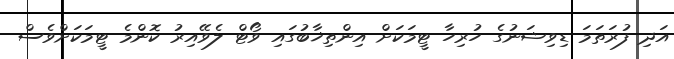
އަދި ފުރަތަމަ ޑިވިޝަނުގެ ހުރިހާ ޓީމަކަށް އިންތިޚާބުގައި ވޯޓް ލެވޭއިރު ކޮންމެ ޓީމަކަށްވެސް